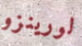
لورينزو